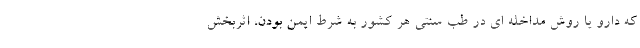
که دارو یا روش مداخله ای در طب سنتی هر کشور به شرط ایمن بودن، اثربخش